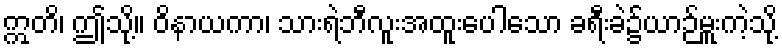
ဣတိ၊ ဤသို့။ ဝိနာယကာ၊ သားရဲဘီလူးအထူးပေါသော ခရီးခဲ၌ယာဉ်မှူးကဲ့သို့